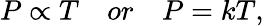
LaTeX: {P}\propto{T}\quad or\quad P=kT,